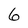
Character: 6